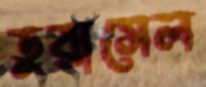
ডুরাসেল